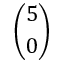
\binom { 5 } { 0 }